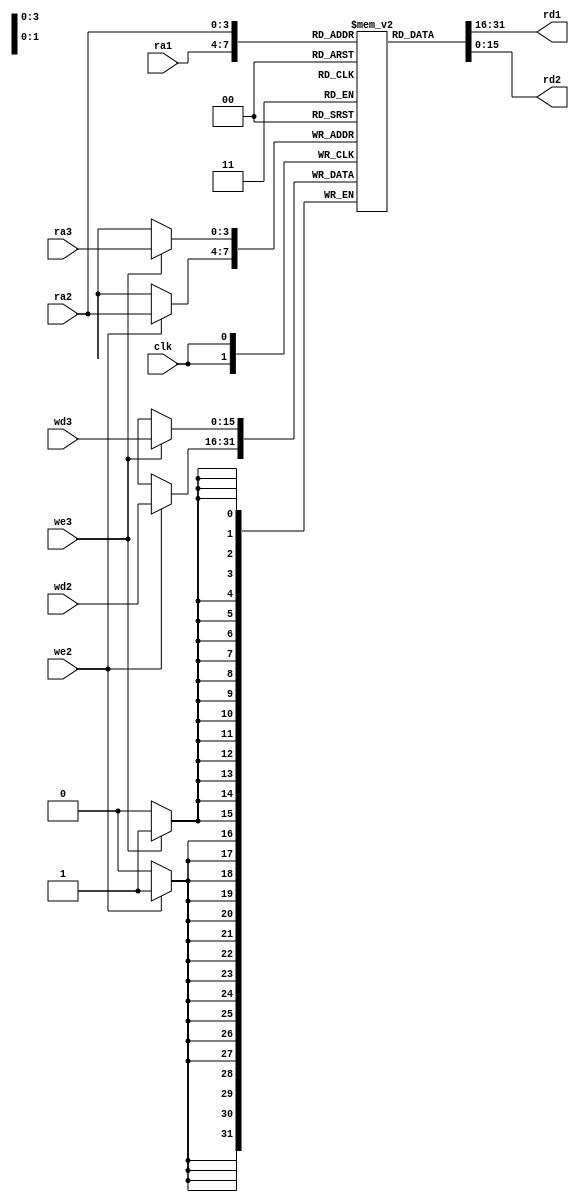
`timescale 1ns / 1ps
`default_nettype none
//`define DBG

module Registers #(
    parameter ADDR_WIDTH = 4,
    parameter WIDTH = 16
)(
    input wire clk,
    input wire [ADDR_WIDTH-1:0] ra1, // register address 1
    input wire [ADDR_WIDTH-1:0] ra2, // register address 2
    input wire [WIDTH-1:0] wd2, // data to write to register 'ra2' when 'we2' is enabled
    input wire we2, // enables write 'wd2' to address 'ra2'
    output wire [WIDTH-1:0] rd1, // value of register 'ra1'
    output wire [WIDTH-1:0] rd2, // value of register 'ra2'
    input wire [ADDR_WIDTH-1:0] ra3, // register address 3
    input wire [WIDTH-1:0] wd3, // data to write to register 'ra3' when 'we3' is enabled
    input wire we3
);

reg signed [WIDTH-1:0] mem [0:2**ADDR_WIDTH-1];

assign rd1 = mem[ra1];
assign rd2 = mem[ra2];

integer i;
initial begin
    for (i = 0; i < 2**ADDR_WIDTH; i = i + 1) begin
        mem[i] = {WIDTH{1'b0}};
    end
end

always @(posedge clk) begin
    `ifdef DBG
        $display("%0t: clk+: Registers (ra1,ra2,rd1,rd2)=(%0h,%0h,%0h,%0h)", $time, ra1, ra2, rd1, rd2);
    `endif

    // write first the 'wd3' which is from a 'ld'
    // then the 'wd2' which might overwrite the 'wd3'
    //   example: ld r1 r7 ; add r7 r7
    if (we3) 
        mem[ra3] <= wd3;
    if (we2)
        mem[ra2] <= wd2;
end

endmodule

`undef DBG
`default_nettype wire